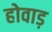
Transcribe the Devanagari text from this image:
होवाड़